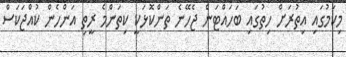
މިކަމުގައި އިތުރަށް ހިތުގައި ބަހައްޓަން ޖެހޭނެ ތަންކޮޅަކީ ކިތަންމެ ރީތި އަންހެން ކުއްޖަކަސް